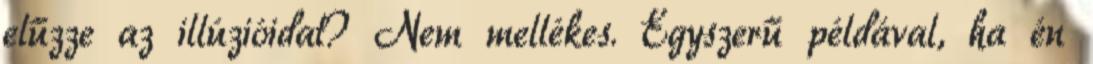
elűzze az illúzióidat? Nem mellékes. Egyszerű példával, ha én